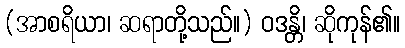
(အာစရိယာ၊ ဆရာတို့သည်။) ဝဒန္တိ၊ ဆိုကုန်၏။